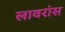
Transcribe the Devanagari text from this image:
लावरांस